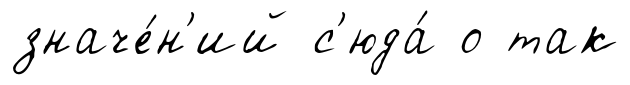
значе́н'ий с'юда́ о так